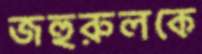
জহুরুলকে